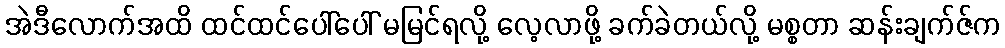
အဲဒီလောက်အထိ ထင်ထင်ပေါ်ပေါ် မမြင်ရလို့ လေ့လာဖို့ ခက်ခဲတယ်လို့ မစ္စတာ ဆန်းချက်ဇ်က